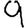
Digit: 9